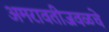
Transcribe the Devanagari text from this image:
अमरावतीजवळचे